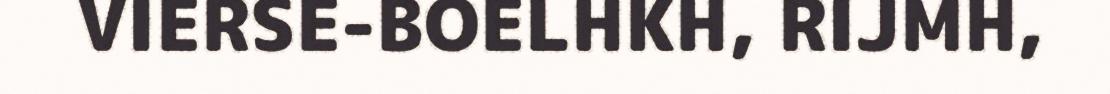
VIERSE-BOELHKH, RIJMH,